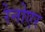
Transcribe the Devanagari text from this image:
रेनोएर